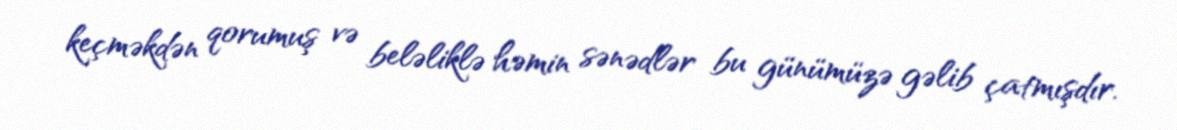
keçməkdən qorumuş və beləliklə həmin sənədlər bu günümüzə gəlib çatmışdır.